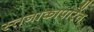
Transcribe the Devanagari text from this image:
स्तनाकापारेंत